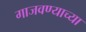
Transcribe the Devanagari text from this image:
गाजवण्याच्या